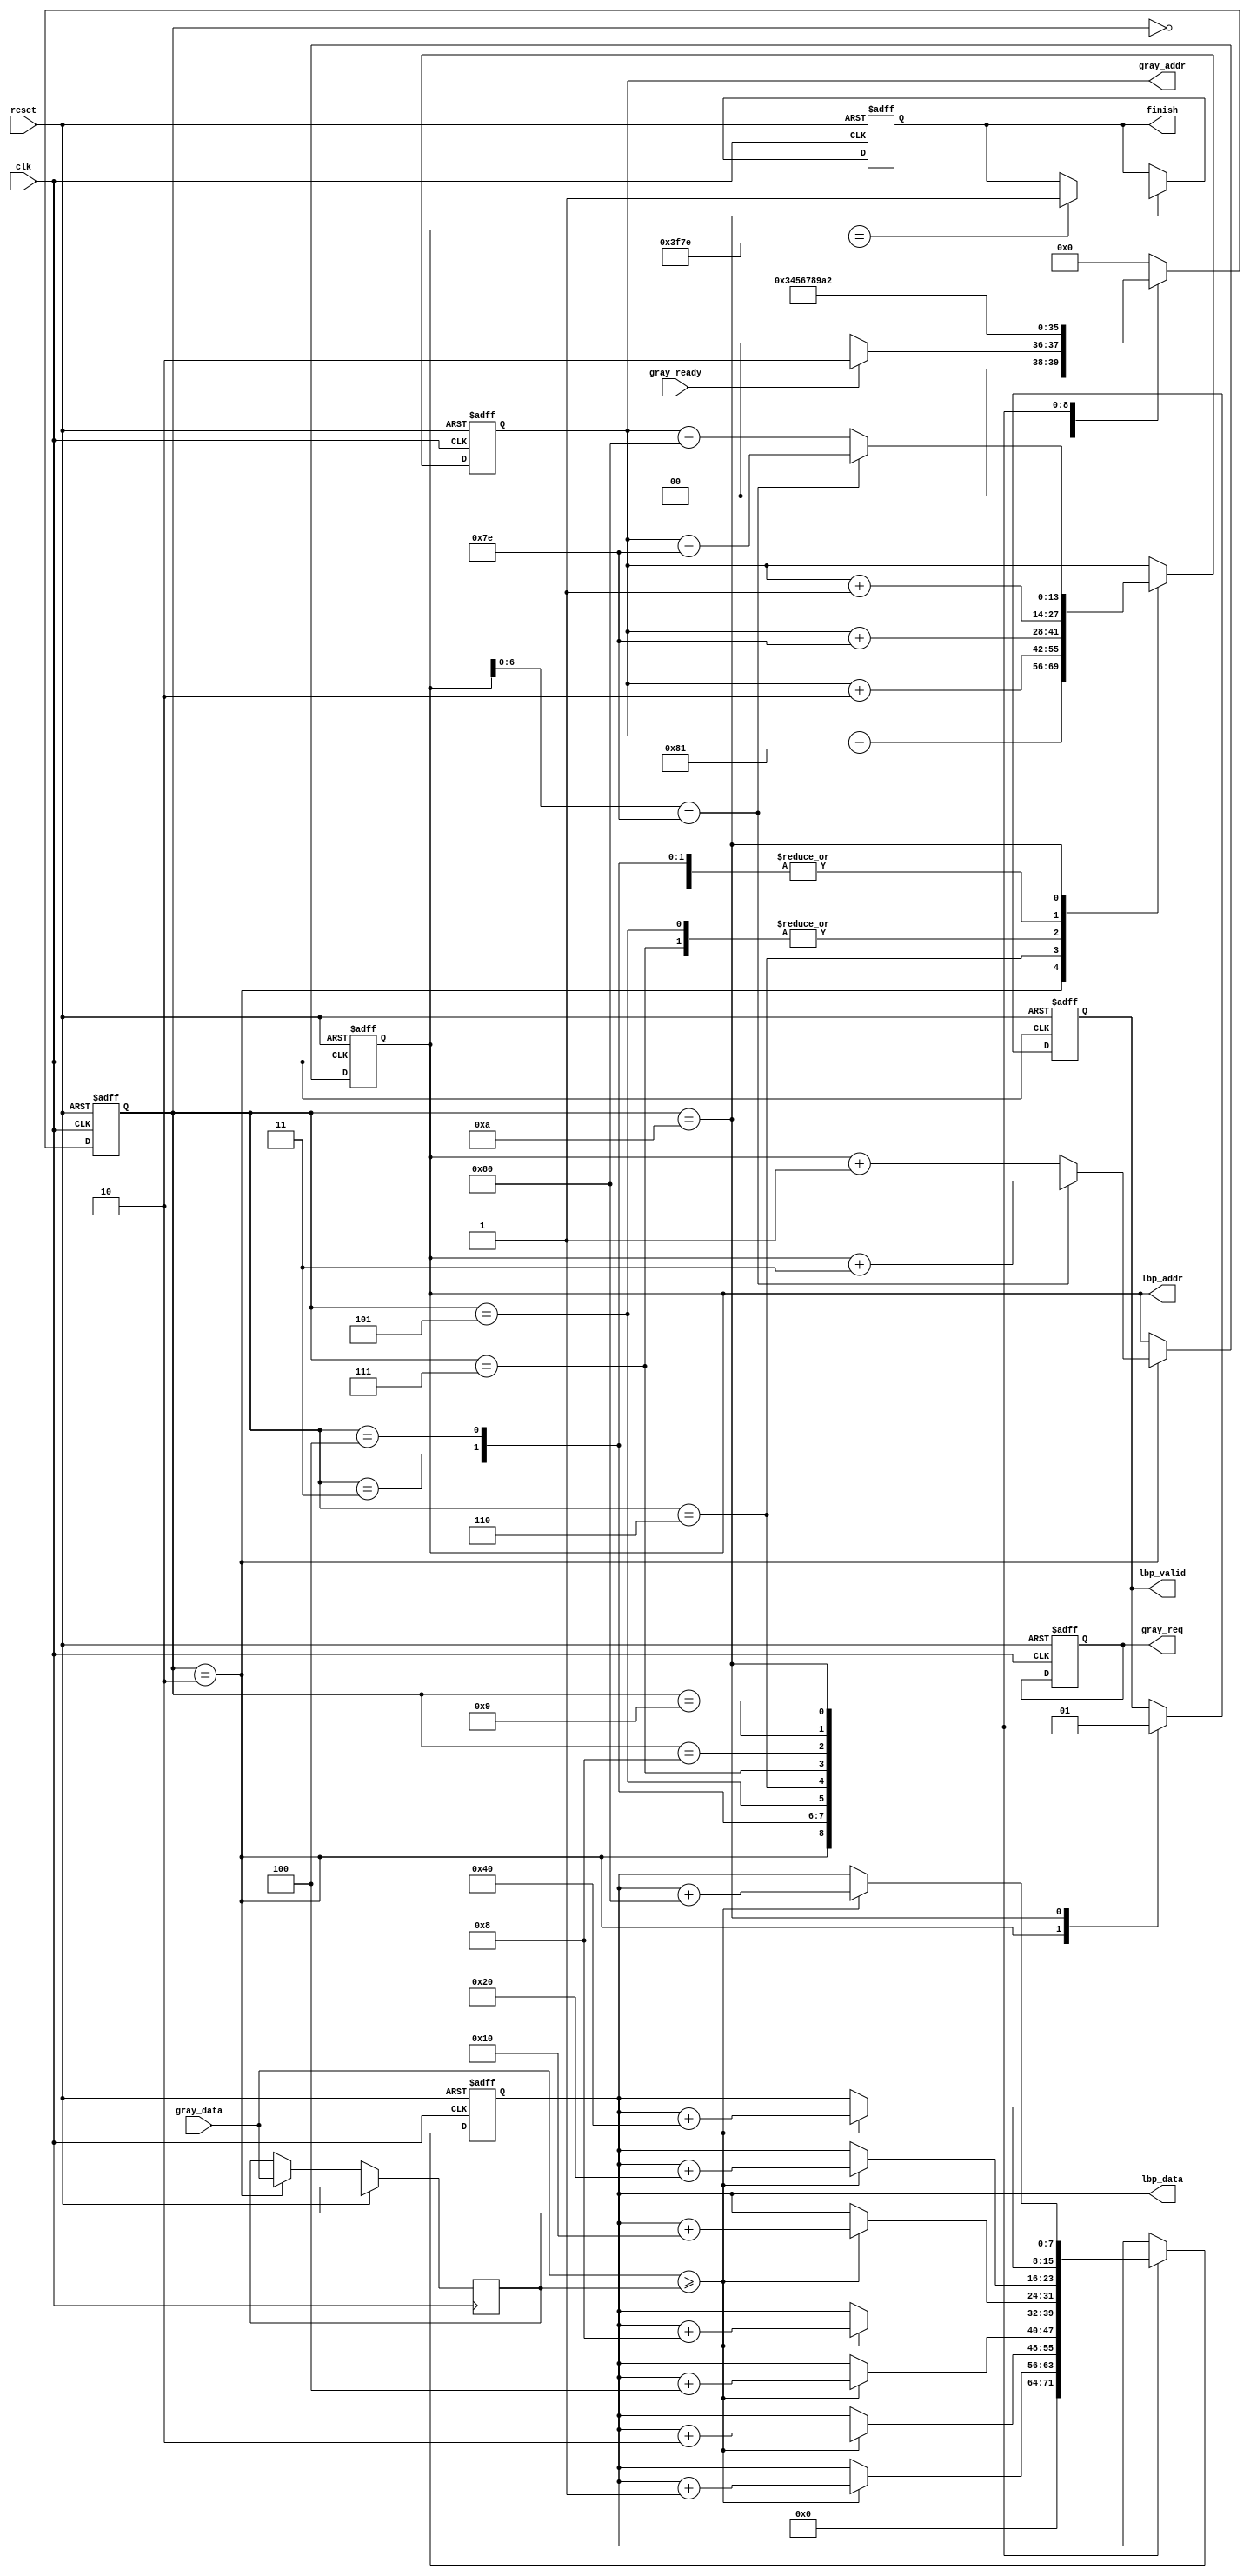
`timescale 1ns/10ps
module LBP 
( 
input				clk,
input				reset, 
input				gray_ready, 
input   	[7:0]	gray_data, 
output reg 	[13:0] 	gray_addr, 
output reg			gray_req, 
output reg 	[13:0] 	lbp_addr,
output reg 			lbp_valid,
output reg 	[7:0] 	lbp_data,
output reg 			finish
);

reg	 [3:0] 	cur_state, nxt_state;
reg  [7:0]	gc;
localparam reset_state=0, request_gp0_data=2, request_gp1_data=3, request_gp2_data=4, request_gp3_data=5, 
		   request_gp4_data=6, request_gp5_data=7, request_gp6_data=8, request_gp7_data=9, request_gp8_data=10;

//-------------------- FSM ------------------
//-------------------------------------------
always@(posedge clk, posedge reset)
begin
	if(reset)
		begin
			cur_state <= reset_state;
		end
	else 
		begin
			cur_state <= nxt_state;
		end
end

always@(*)
begin
	case(cur_state)
		reset_state:
			begin
				if(gray_ready)
					begin
						nxt_state = request_gp0_data;
					end
				else 
					begin
						nxt_state = reset_state;
					end
			end
		request_gp0_data:
			begin
				nxt_state = request_gp1_data;
			end
		request_gp1_data:
			begin
				nxt_state = request_gp2_data;
			end
		request_gp2_data:
			begin
				nxt_state = request_gp3_data;
			end
		request_gp3_data:
			begin
				nxt_state = request_gp4_data;
			end
		request_gp4_data:
			begin
				nxt_state = request_gp5_data;
			end
		request_gp5_data:
			begin
				nxt_state = request_gp6_data;
			end
		request_gp6_data:
			begin
				nxt_state = request_gp7_data;
			end
		request_gp7_data:
			begin
				nxt_state = request_gp8_data;
			end
		request_gp8_data:
			begin
				nxt_state = request_gp0_data;
			end
		default:
			begin
				nxt_state = reset_state;
			end
	endcase
end

//------------------ Datapath ---------------
//-------------------------------------------
always@(posedge clk, posedge reset)
begin
	if(reset)
		begin
			lbp_addr <= 128;
			gray_addr <= 129;
			lbp_valid <= 0;
			gray_req <= 1;
			finish <= 0;
			lbp_data <= 0;
		end
	else 
		begin
		case(cur_state)
			request_gp0_data:
				begin
					gc <=  gray_data;
					gray_addr <= gray_addr - 129;
					lbp_valid <= 0;
					lbp_data <= 0;
					if(lbp_addr[6:0] == 7'b111_1110) 
						begin
							lbp_addr <= lbp_addr + 3;
						end
					else 
						begin
							lbp_addr <= lbp_addr + 1;
						end
				end
			request_gp1_data:
				begin
					gray_addr <= gray_addr + 1;
					if(gray_data >= gc)
						begin
							lbp_data <= lbp_data + 1;
						end
				end
			request_gp2_data:
				begin
					gray_addr <= gray_addr + 1;
					if(gray_data >= gc)
						begin
							lbp_data <= lbp_data + 2;
						end
				end
			request_gp3_data:
				begin
					gray_addr <= gray_addr + 126;
					if(gray_data >= gc)
						begin
							lbp_data <= lbp_data + 4;
						end
				end
			request_gp4_data:
				begin
					gray_addr <= gray_addr + 2;
					if(gray_data >= gc)
						begin
							lbp_data <= lbp_data + 8;
						end
				end
			request_gp5_data:
				begin
					gray_addr <= gray_addr + 126;
					if(gray_data >= gc)
						begin
							lbp_data <= lbp_data + 16;
						end
				end
			request_gp6_data:
				begin
					gray_addr <= gray_addr + 1;
					if(gray_data >= gc)
						begin
							lbp_data <= lbp_data + 32;
						end
				end
			request_gp7_data:
				begin
					gray_addr <= gray_addr + 1;
					if(gray_data >= gc)
						begin
							lbp_data <= lbp_data + 64;
						end
				end
			request_gp8_data:
				begin
					if(lbp_addr[6:0] == 7'b111_1110) 
						begin
							gray_addr <= gray_addr - 126; 
						end
					else 
						begin
							gray_addr <= gray_addr - 128;
						end
					if(gray_data >= gc)
						begin
							lbp_data <= lbp_data + 128;
						end
					lbp_valid <= 1;
					if(lbp_addr == 16254)
						begin
							finish <= 1;
						end
				end
		endcase
	end
end
endmodule